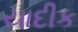
યાદીક